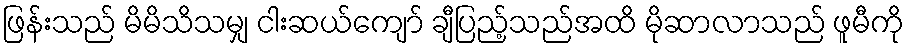
ဖြန်းသည် မိမိသိသမျှ ငါးဆယ်ကျော် ချီပြည့်သည်အထိ မိုဆာလာသည် ဖူမီကို